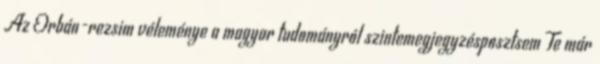
Az Orbán-rezsim véleménye a magyar tudományról szintemegjegyzésposztsem Te már